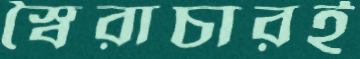
স্বৈরাচারই